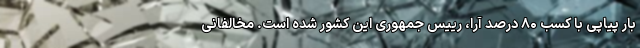
بار پیاپی با کسب ۸۰ درصد آرا، رییس جمهوری این کشور شده است. مخالفانی